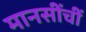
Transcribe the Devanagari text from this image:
मानसींचीं